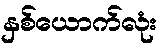
နှစ်ယောက်လုံး